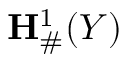
{ \bf { H } } _ { \# } ^ { 1 } ( Y )